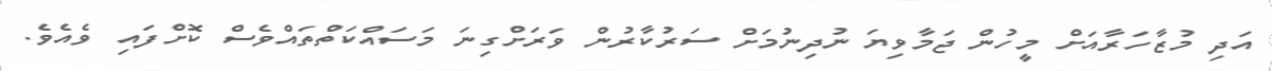
އަދި މުޒާހަރާއަށް މީހުން ޖަމާވިޔަ ނުދިނުމަށް ސަރުކާރުން ވަރަށްގިނަ މަސައްކަތްތައްވެސް ކޮށްފައި ވެއެވެ.